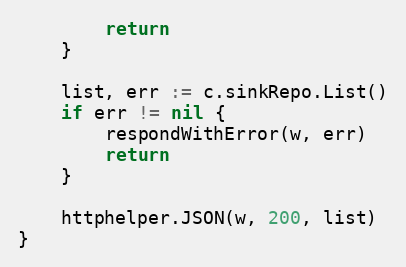
Language: Go
		return
	}

	list, err := c.sinkRepo.List()
	if err != nil {
		respondWithError(w, err)
		return
	}

	httphelper.JSON(w, 200, list)
}